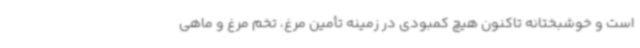
است و خوشبختانه تاکنون هیچ کمبودی در زمینه تأمین مرغ، تخم مرغ و ماهی